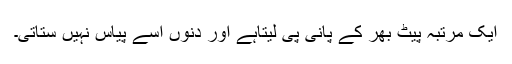
ایک مرتبہ پیٹ بھر کے پانی پی لیتاہے اور دنوں اسے پیاس نہیں ستاتی۔